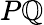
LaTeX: P\mathbb{Q}